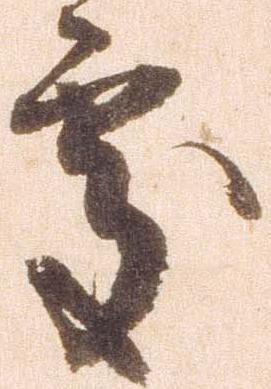
処